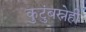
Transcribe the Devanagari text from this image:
कुटुंबस्नेही